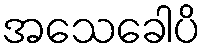
အသေခေါပိ